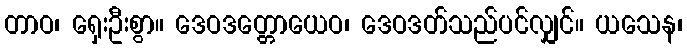
တာဝ၊ ရှေးဦးစွာ။ ဒေဝဒတ္တောယေဝ၊ ဒေဝဒတ်သည်ပင်လျှင်။ ယသေန၊